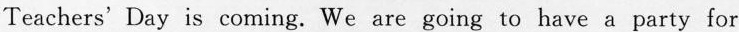
Teachers' Day is coming. We are going to have a party for